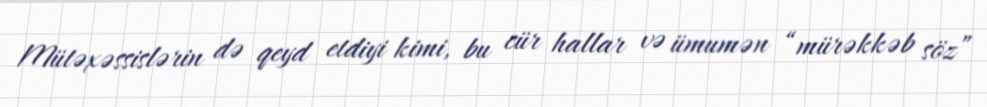
Mütəxəssislərin də qeyd etdiyi kimi, bu cür hallar və ümumən “mürəkkəb söz”